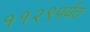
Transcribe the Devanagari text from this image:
११२९पर्यंत